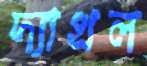
দ্যাখল